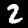
Label: 2